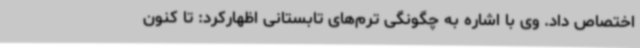
اختصاص داد. وی با اشاره به چگونگی ترم‌های تابستانی اظهارکرد: تا کنون